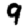
Digit: 9